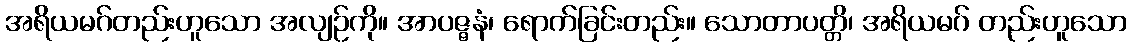
အရိယမဂ်တည်းဟူသော အလျဉ်ကို။ အာပဇ္ဇနံ၊ ရောက်ခြင်းတည်း။ သောတာပတ္တိ၊ အရိယမဂ် တည်းဟူသော